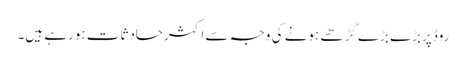
روڈپربڑے بڑے گڑھے ہونے کی وجہ سے اکثرحادثات ہورہے ہیں۔